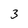
Character: 3